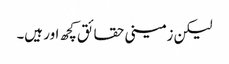
لیکن زمینی حقائق کچھ اور ہیں۔